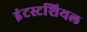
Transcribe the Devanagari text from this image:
इंटस्टशियल